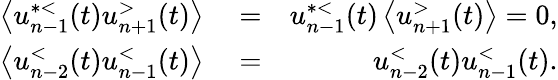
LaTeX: \begin{array}{rlr}{\left\langle u_{n-1}^{*<}(t)u_{n+1}^{>}(t)\right\rangle}&{{}=}&{u_{n-1}^{*<}(t)\left\langle u_{n+1}^{>}(t)\right\rangle=0,}\\ {\left\langle u_{n-2}^{<}(t)u_{n-1}^{<}(t)\right\rangle}&{{}=}&{u_{n-2}^{<}(t)u_{n-1}^{<}(t).}\end{array}